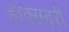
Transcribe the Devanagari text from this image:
हाक्सबरी